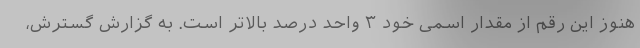
هنوز این رقم از مقدار اسمی خود ۳ واحد درصد بالاتر است. به گزارش گسترش،